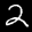
Label: 2